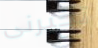
تخبرنى